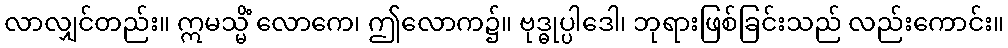
လာလျှင်တည်း။ ဣမသ္မိံ လောကေ၊ ဤလောက၌။ ဗုဒ္ဓုပ္ပါဒေါ၊ ဘုရားဖြစ်ခြင်းသည် လည်းကောင်း။